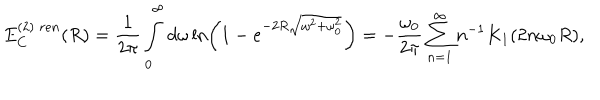
E _ { C } ^ { ( 2 ) \; r e n } ( R ) = \frac { 1 } { 2 \pi } \int _ { 0 } ^ { \infty } d \omega \ln \left( 1 - e ^ { - 2 R \sqrt { \omega ^ { 2 } + \omega _ { 0 } ^ { 2 } } } \right) = - \frac { \omega _ { 0 } } { 2 \pi } \sum _ { n = 1 } ^ { \infty } n ^ { - 1 } K _ { 1 } ( 2 n \omega _ { 0 } R ) ,